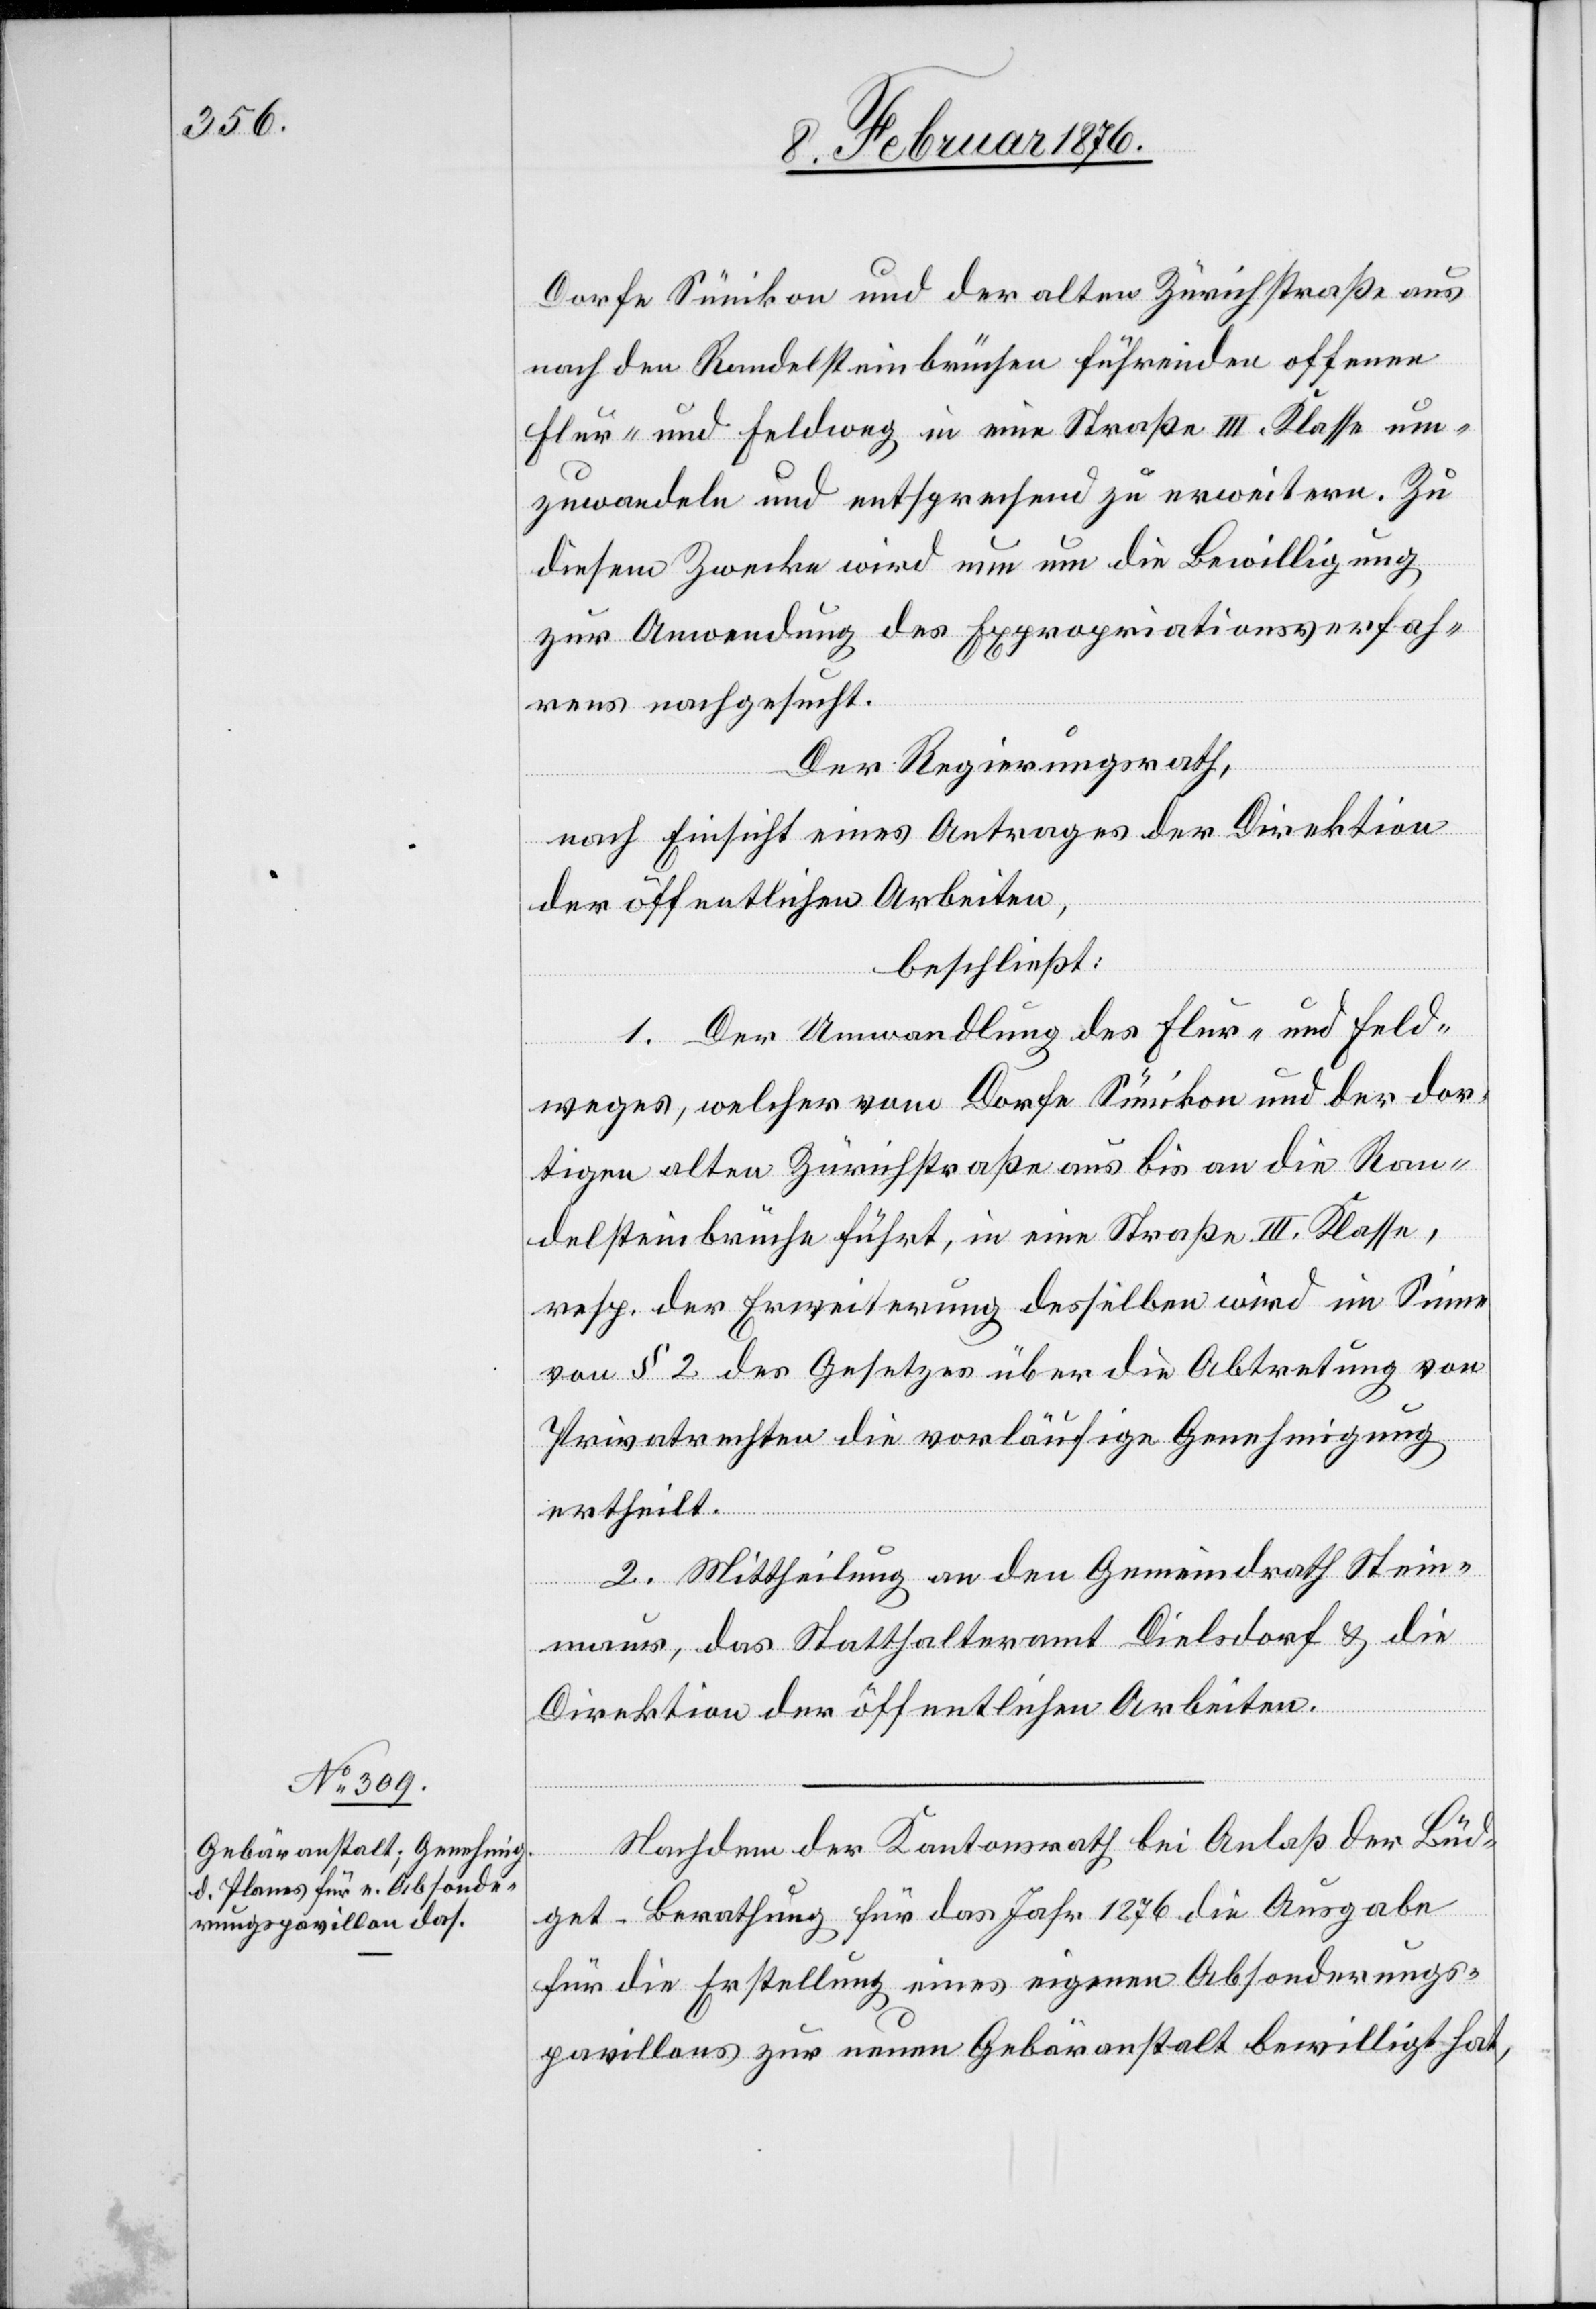
Dorfe Sünikon und der alten Zürichstraße aus
nach den Randelsteinbrüchen führenden offenen
Flur- und Feldweg in eine Straße III. Klasse um¬
zuwandeln und entsprechend zu erweitern. Zu
diesem Zwecke wird nun um die Bewilligung
zur Anwendung des Expropriationsverfah¬
rens nachgesucht.
Der Regierungsrath,
Nach Einsicht eines Antrages der Direktion
der öffentlichen Arbeiten,
beschließt:
1. Der Umwandlung des Flur- und Feld¬
weges, welcher vom Dorfe Sünikon und der dor¬
tigen alten Zürichstraße aus bis an die Ran¬
delsteinbrüche führt, in eine Straße III. Klasse,
resp. der Erweiterung derselben wird im Sinne
von § 2 des Gesetzes über die Abtretung von
Privatrechten die vorläufige Genehmigung
ertheilt.
2. Mittheilung an den Gemeindrath Stein¬
maur, das Statthalteramt Dielsdorf & die
Direktion der öffentlichen Arbeiten.
Nachdem der Kantonsrath bei Anlaß der Büd¬
get-Berathung für das Jahr 1876 die Ausgabe
für die Erstellung eines eigenen Absonderungs¬
pavillons zur neuen Gebäranstalt bewilligt hat,